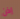
إذن